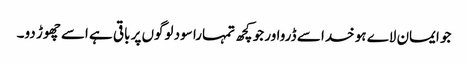
جو ایمان لاے ہو خدا سے ڈرواور جو کچھ تمہارا سود لوگوں پر باقی ہے اسے چھوڑ دو۔